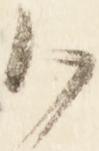
御